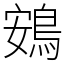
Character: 鴳